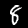
Label: 8